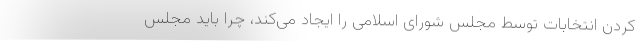
کردن انتخابات توسط مجلس شورای اسلامی را ایجاد می‌کند، چرا باید مجلس